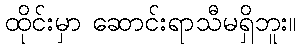
ထိုင်းမှာ ဆောင်းရာသီမရှိဘူး။